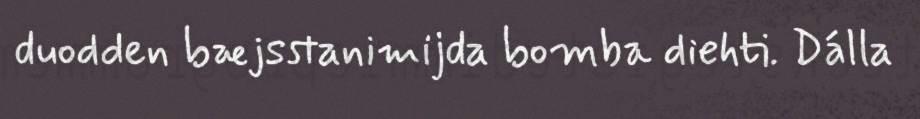
duodden bæjsstanimijda bomba diehti. Dálla